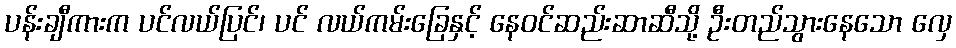
ပန်းချီကားက ပင်လယ်ပြင်၊ ပင် လယ်ကမ်းခြေနှင့် နေဝင်ဆည်းဆာဆီသို့ ဦးတည်သွားနေသော လှေ